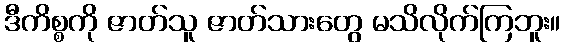
ဒီကိစ္စကို ဇာတ်သူ ဇာတ်သားတွေ မသိလိုက်ကြဘူး။